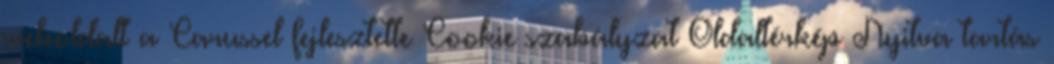
weboldalt a Carussel fejlesztette Cookie szabályzat Oldaltérkép Nyitva tartás